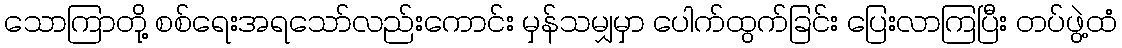
သောကြာတို့ စစ်ရေးအရသော်လည်းကောင်း မှန်သမျှမှာ ပေါက်ထွက်ခြင်း ပြေးလာကြပြီး တပ်ဖွဲ့ထံ